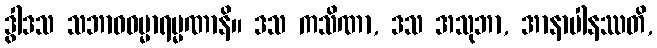
ဒွါဒသ သဘာဝဓမ္မာရမ္မဏာနိ။ ဒသ ကသိဏာ, ဒသ အသုဘာ, အာနာပါနဿတိ,